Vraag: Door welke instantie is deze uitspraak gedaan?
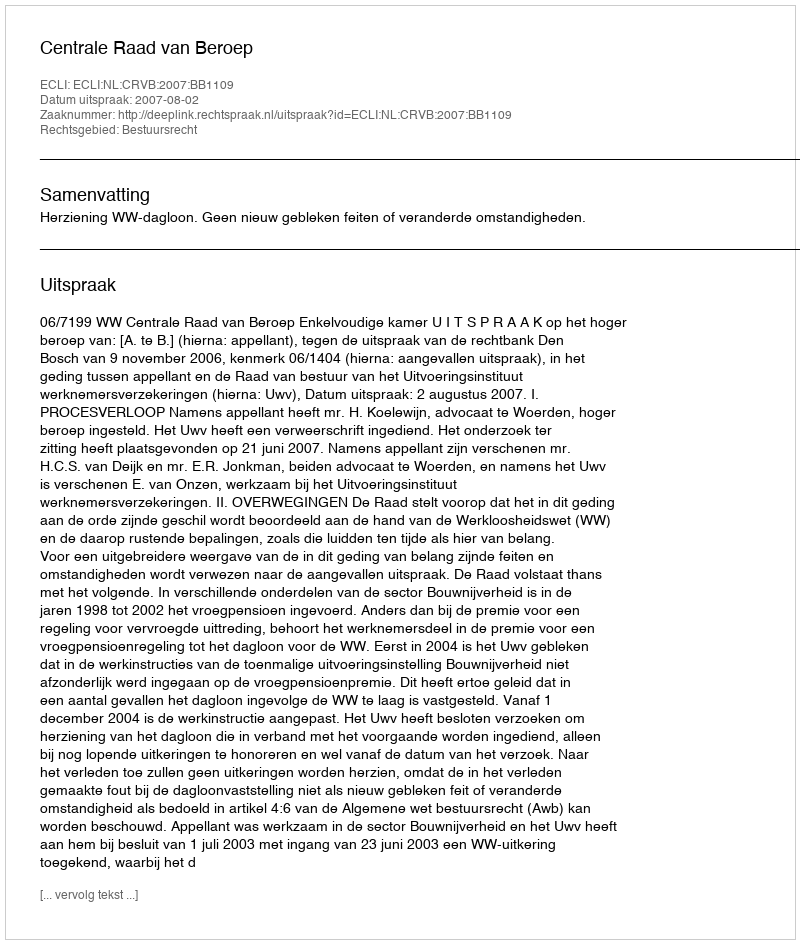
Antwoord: Centrale Raad van Beroep